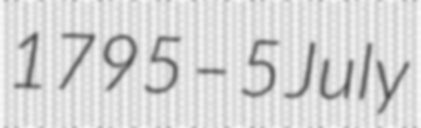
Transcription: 1795 – 5 July